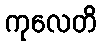
ကုလေတိ